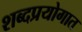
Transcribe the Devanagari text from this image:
शब्दप्रयोगात